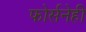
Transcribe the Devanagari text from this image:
फोर्सनेही